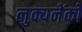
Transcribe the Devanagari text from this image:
लुक्यनेंको